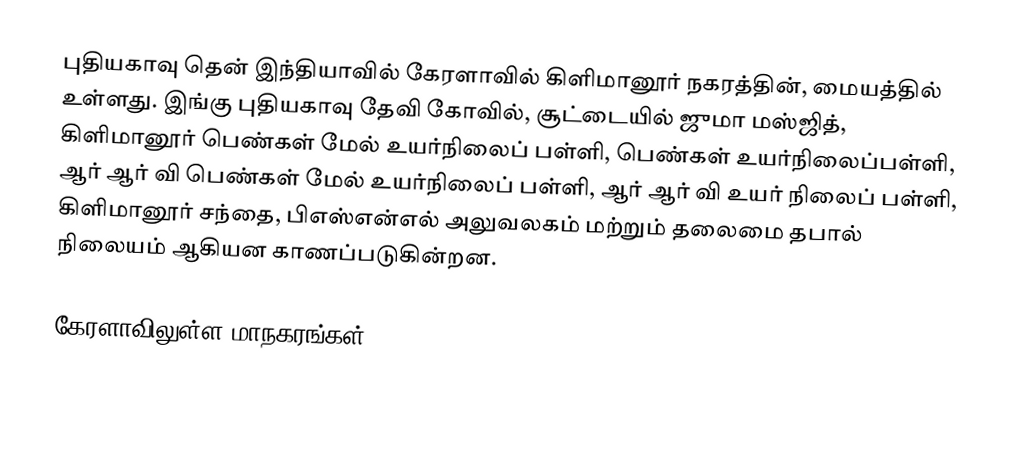
புதியகாவு தென் இந்தியாவில் கேரளாவில் கிளிமானூர் நகரத்தின், மையத்தில் உள்ளது. இங்கு புதியகாவு தேவி கோவில், சூட்டையில் ஜுமா மஸ்ஜித், கிளிமானூர் பெண்கள் மேல் உயர்நிலைப் பள்ளி, பெண்கள் உயர்நிலைப்பள்ளி, ஆர் ஆர் வி பெண்கள் மேல் உயர்நிலைப் பள்ளி, ஆர் ஆர் வி உயர் நிலைப் பள்ளி, கிளிமானூர் சந்தை, பிஎஸ்என்எல் அலுவலகம் மற்றும் தலைமை தபால் நிலையம் ஆகியன காணப்படுகின்றன.

கேரளாவிலுள்ள மாநகரங்கள்